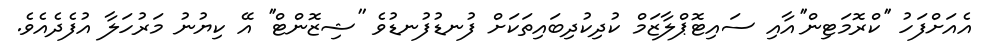
އެއަށްފަހު ''ކްރޮމަޓިން''އާއި ސައިޓޮޕްލާޒަމް ކުދިކުދިބައިތަކަށް ފުނޑުފުނޑުވެ ''ޝިޒޮންޓް'' އޭ ކިޔުނު މަރުހަލާ އުފެދެއެވެ.